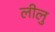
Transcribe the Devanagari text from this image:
लीलु